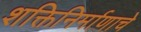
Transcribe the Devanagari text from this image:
शक्तिनिर्माणाचे